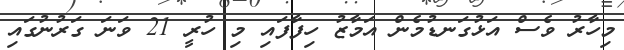
މިހާރު ވެސް އަޅުގަނޑުމެން އަމާޒު ހިފާފައި މި ހުރީ 21 ވަނަ ގަރުނުގައި